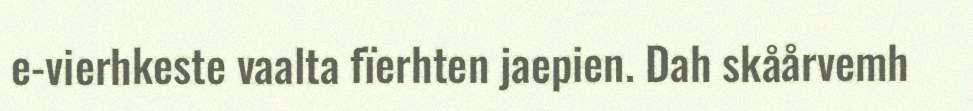
e-vierhkeste vaalta fïerhten jaepien. Dah skåårvemh